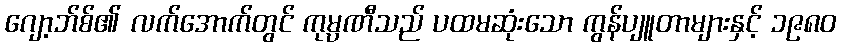
ဂျော့ဘ်စ်၏ လက်အောက်တွင် ကုမ္ပဏီသည် ပထမဆုံးသော ကွန်ပျူတာများနှင့် ၁၉၈၀